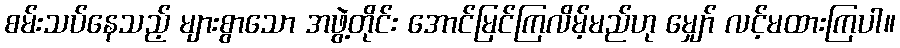
စမ်းသပ်နေသည့် များစွာသော အဖွဲ့တိုင်း အောင်မြင်ကြလိမ့်မည်ဟု မျှော် လင့်မထားကြပါ။